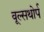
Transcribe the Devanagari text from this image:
वूल्सथोर्प